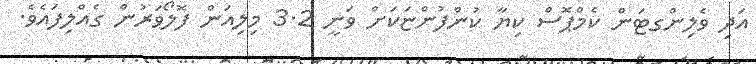
އަދި ވެލިންގޓަން ކެމްޕޮސް ކިޔާ ކުންފުންޏަކަށް ވަނީ 3.2 މިލިއަން ފޮލޯވަރުން ގެއްލިފައެވެ.